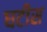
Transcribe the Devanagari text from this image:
घटीस